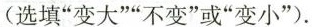
( 选填“变大”不变”或“变小” ).